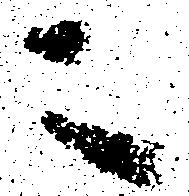
ニ